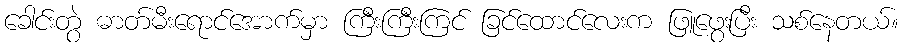
ခေါင်းတွဲ ဓာတ်မီးရောင်အောက်မှာ ကြီးကြီးကြင် ခြင်ထောင်လေးက ဖြူဖွေးပြီး သစ်နေတယ်။